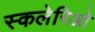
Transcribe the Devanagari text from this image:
स्कलेरिओ